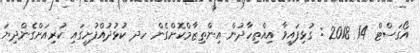
އޯގަސްޓް 14 2018 : ގުޅިފައިވާ އިއްތިހާދުން އިންތިޒާމްކޮށްގެން ހދ ކުޅުދުއްފުށީގައި ކުރިއަށްގެންދިޔަ